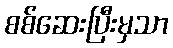
စစ်ဆေးပြီးမှသာ